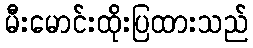
မီးမောင်းထိုးပြထားသည်